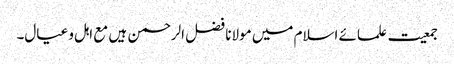
جمعیت علمائے اسلام میں مولانا فضل الرحمن ہیں مع اہل و عیال۔